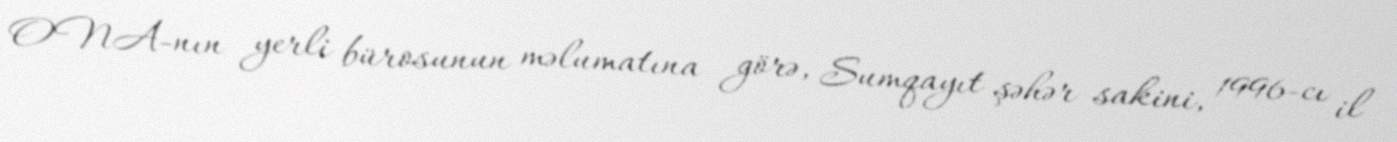
ONA-nın yerli bürosunun məlumatına görə, Sumqayıt şəhər sakini, 1996-cı il